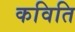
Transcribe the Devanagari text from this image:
कविति